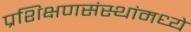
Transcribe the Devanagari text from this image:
प्रशिक्षणसंस्थांमध्ये